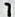
1